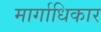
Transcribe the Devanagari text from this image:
मार्गाधिकार